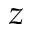
z